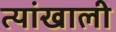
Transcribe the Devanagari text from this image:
त्यांखाली